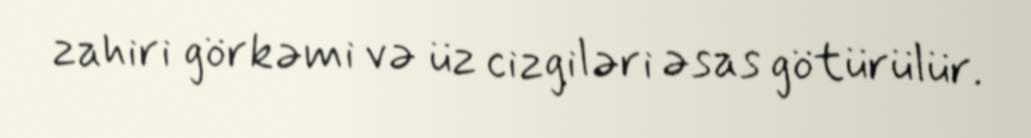
zahiri görkəmi və üz cizgiləri əsas götürülür.